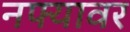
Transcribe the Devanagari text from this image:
नफ्यावर